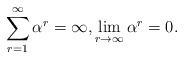
\begin{align*}\sum_{r=1}^{\infty}\alpha^r=\infty, \lim_{r\to\infty}\alpha^r=0. \end{align*}